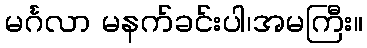
မင်္ဂလာ မနက်ခင်းပါ၊အမကြီး။